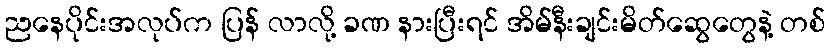
ညနေပိုင်းအလုပ်က ပြန် လာလို့ ခဏ နားပြီးရင် အိမ်နီးချင်းမိတ်ဆွေတွေနဲ့ တစ်